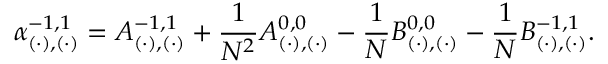
\alpha _ { ( \cdot ) , ( \cdot ) } ^ { - 1 , 1 } = A _ { ( \cdot ) , ( \cdot ) } ^ { - 1 , 1 } + \frac { 1 } { N ^ { 2 } } A _ { ( \cdot ) , ( \cdot ) } ^ { 0 , 0 } - \frac { 1 } { N } B _ { ( \cdot ) , ( \cdot ) } ^ { 0 , 0 } - \frac { 1 } { N } B _ { ( \cdot ) , ( \cdot ) } ^ { - 1 , 1 } .